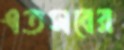
এতসবের